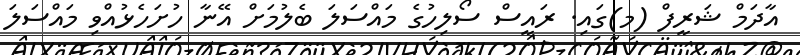
އާދަމް ޝަރީފް (މ)ގައި. ރައީސް ސޯލިހުގެ މައްސަލަ ބެލުމަށް އޭނާ ހުށަހެޅުއްވި މައްސަލަ